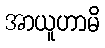
အာယူဟာမိ